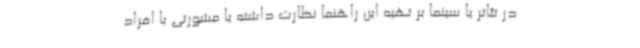
در تئاتر یا سینما بر تهیه این راهنما نظارت داشته یا مشورتی با افراد